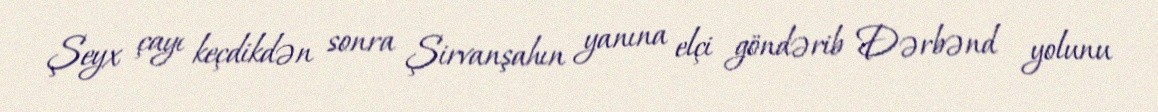
Şeyx çayı keçdikdən sonra Şirvanşahın yanına elçi göndərib Dərbənd yolunu